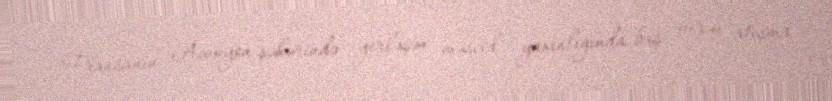
Fransanın Avinyon şəhərində yerləşən məscid yaxınlığında baş verən atışma